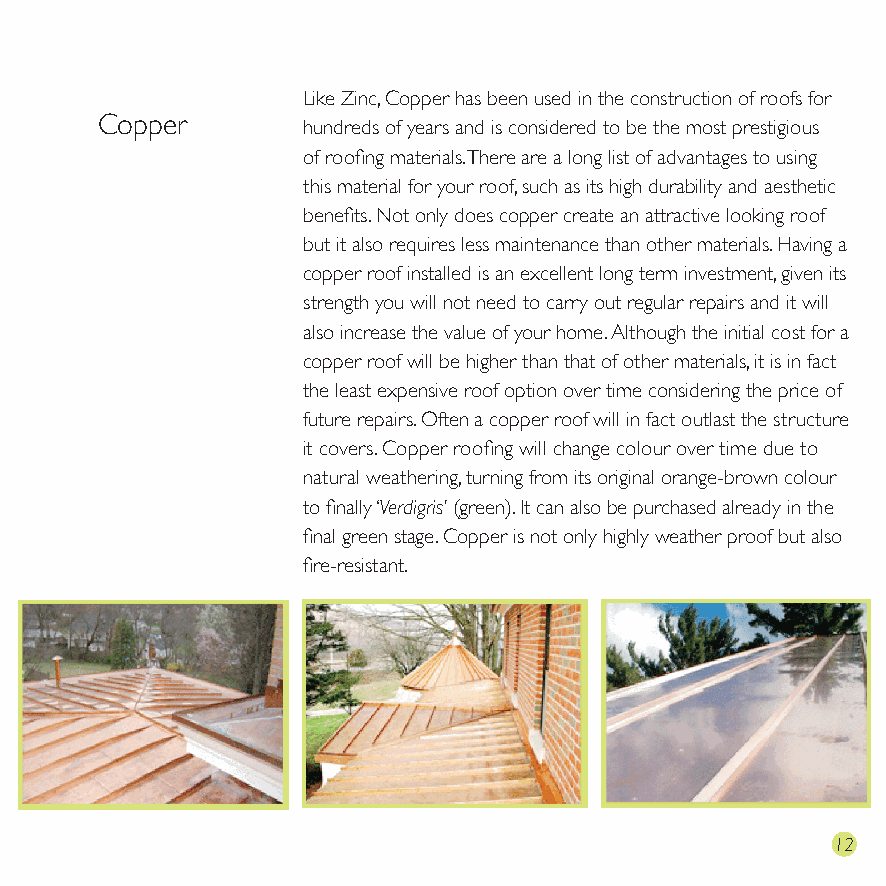
ELC Roofing: Zinc and Copper
 ELC Roofing are trained in the application and repair of metal roofs Like Zinc, Copper has been used in the construction of roofs for
 Zinc including copper and zinc. These are a popular option with flat Copper hundreds of years and is considered to be the most prestigious
 roofing due to the durability of the material and for the obvious of roofing materials. There are a long list of advantages to using
 aesthetic benefits. Zinc has been around for hundreds of years and this material for your roof, such as its high durability and aesthetic
 still has no rivals to its longevity. benefits. Not only does copper create an attractive looking roof
 Zinc requires very little or maintenance and in the long term but it also requires less maintenance than other materials. Having a
 will add value to your home. As zinc is applied in strips it is very copper roof installed is an excellent long term investment, given its
 versatile and can be adapted to any shape and also allows for strength you will not need to carry out regular repairs and it will
 fine detailing to be applied on the roof. There are a multitude of also increase the value of your home. Although the initial cost for a
 different finishes to choose from such as natural zinc (bright), this is copper roof will be higher than that of other materials, it is in fact
 marginally cheaper in price as it has not been treated. Other colours the least expensive roof option over time considering the price of
 include shades of grey, blue/grey, quartz, graphite or Anthracite. future repairs. Often a copper roof will in fact outlast the structure
 There are also subtle colours such as a quartz grey with a hint of it covers. Copper roofing will change colour over time due to
 colour (blue, green or red) and finally Bio-laquered zincs that offer a natural weathering, turning from its original orange-brown colour
 bold, bright colour. Zinc is a popular material in both traditional and to finally ‘Verdigris’ (green). It can also be purchased already in the
 modern designs and is both durable and elegant. final green stage. Copper is not only highly weather proof but also
 fire-resistant.
 11                                                     12